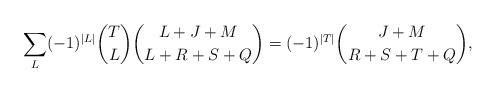
LaTeX: \begin{align*}\sum_L(-1)^{\vert L \vert}{T \choose L}{{L+J+M} \choose{L+R+S+Q}}=(-1)^{\vert T \vert}{{J+M}\choose {R+S+T+Q}},\end{align*}